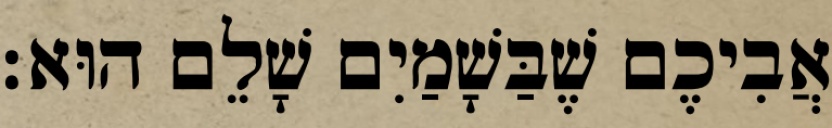
אֲבִיכֶם שֶׁבַּשָׁמַיִם שָׁלֵם הוּא׃